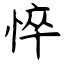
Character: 悴